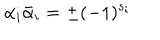
LaTeX: \alpha _ { i } { \bar { \alpha } } _ { i } = \pm ( - 1 ) ^ { s _ { i } }